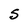
Character: S